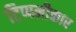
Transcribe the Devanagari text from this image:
टिप्पनीकार